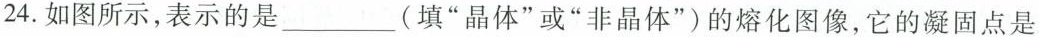
24.如图所示，表示的是___(填”晶体”或”非晶体”)的熔化图像，它的凝固点是